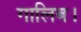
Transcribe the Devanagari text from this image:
गालिब।